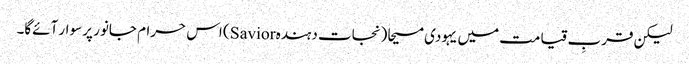
لیکن قربِ قیامت میں یہودی مسیحا (نجات دہندہ Savior) اس حرام جانور پر سوار آئےگا۔